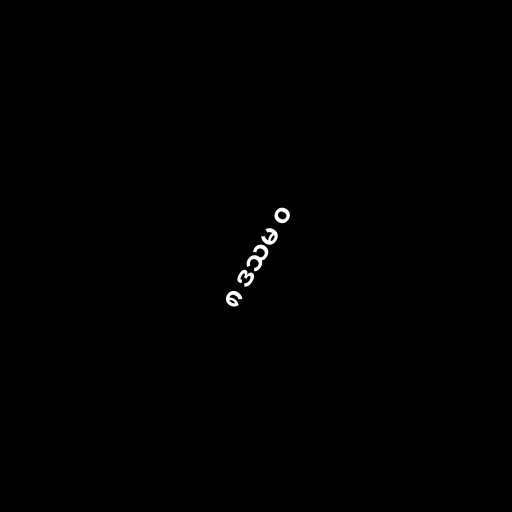
၈ ဒသမ ၀